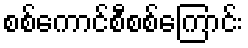
စစ်ကောင်စီစစ်ကြောင်း